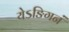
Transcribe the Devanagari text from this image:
येऽङिगनं